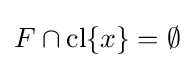
F\cap \operatorname {cl} \{x\}=\emptyset